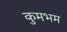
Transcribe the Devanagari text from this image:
कुमभम